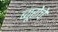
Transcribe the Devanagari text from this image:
ब्यूरोचे